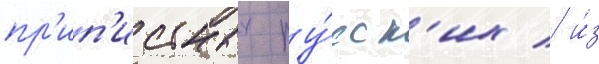
пр'ип'исных ру́сск'их / и́з